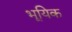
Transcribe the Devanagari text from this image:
भूयिक